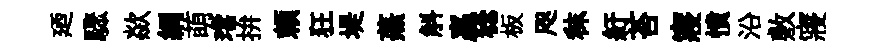
廼驟歘綱萌璫拚頼狂堤蕪斛贏稔板咫秣紆苔寢憤沿敷寢